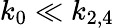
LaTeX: k_{0}\ll k_{2,4}